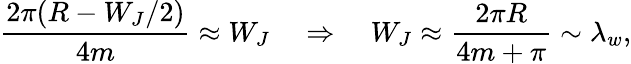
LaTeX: \frac{2\pi(R-W_{J}/2)}{4m}\approx W_{J}\quad\Rightarrow\quad W_{J}\approx\frac{2\pi R}{4m+\pi}\sim\lambda_{w},